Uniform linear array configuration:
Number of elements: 12
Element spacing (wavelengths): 1
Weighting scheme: hamming
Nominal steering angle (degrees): -45
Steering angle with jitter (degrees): -45.158
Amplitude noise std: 0.05
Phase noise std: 0.05

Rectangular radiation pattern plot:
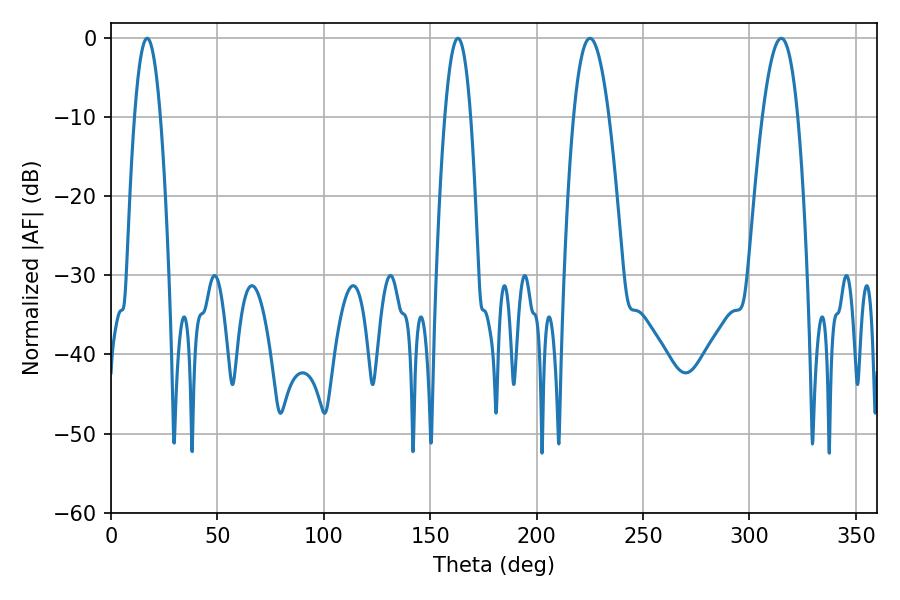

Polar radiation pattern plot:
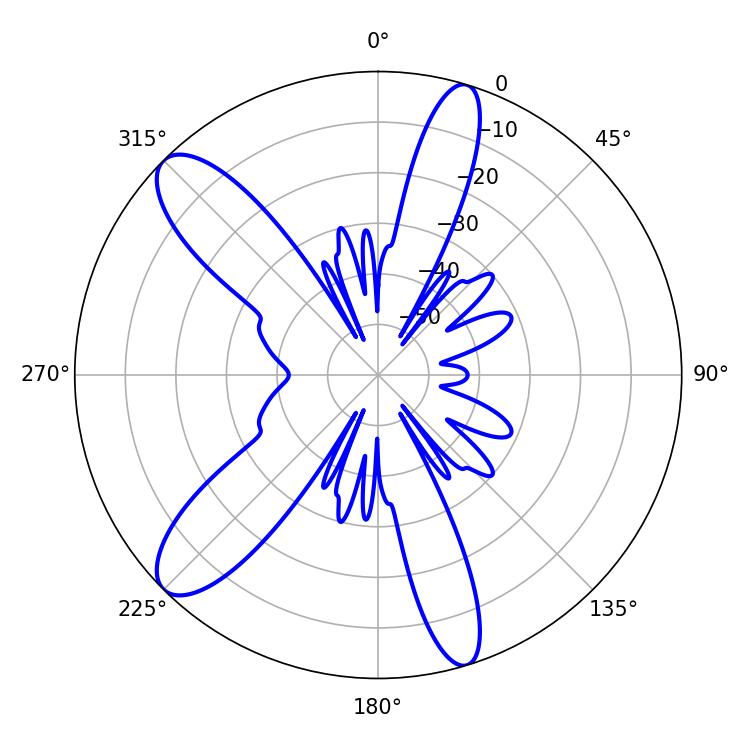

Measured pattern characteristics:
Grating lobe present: TRUE
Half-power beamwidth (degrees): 9.18
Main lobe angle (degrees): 225